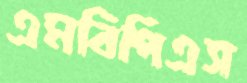
এমবিপিএস